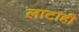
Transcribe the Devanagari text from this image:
लाटाही